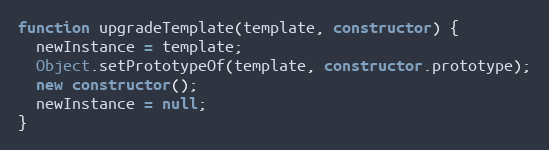
Language: JavaScript
function upgradeTemplate(template, constructor) {
  newInstance = template;
  Object.setPrototypeOf(template, constructor.prototype);
  new constructor();
  newInstance = null;
}